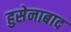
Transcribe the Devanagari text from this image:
हुसेनाबाद